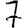
Digit: 7